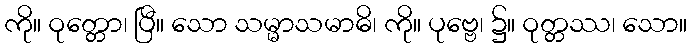
ကို။ ဝုတ္တော၊ ပြီ။ သော သမ္မာသမာဓိ၊ ကို။ ပုဗ္ဗေ၊ ၌။ ဝုတ္တဿ၊ သော။